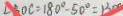
\angle B D C = 1 8 0 ^ { \circ } - 5 0 ^ { \circ } = 1 3 0 ^ { \circ }